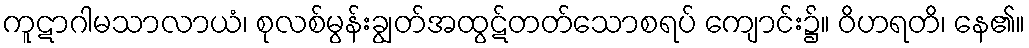
ကူဋာဂါမသာလာယံ၊ စုလစ်မွန်းချွတ်အထွဋ်တတ်သောစရပ် ကျောင်း၌။ ဝိဟရတိ၊ နေ၏။